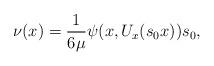
LaTeX: \begin{align*}\nu(x)=\frac{1}{6\mu}\psi(x,U_{x}(s_0x))s_0,\end{align*}